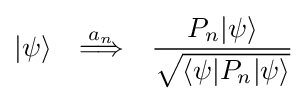
|\psi \rangle \quad {\overset {a_{n}}{\Longrightarrow }}\quad {\frac {P_{n}|\psi \rangle }{\sqrt {\langle \psi |P_{n}|\psi \rangle }}}